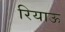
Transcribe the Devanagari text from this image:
रियाऊ